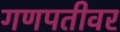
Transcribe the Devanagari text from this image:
गणपतीवर